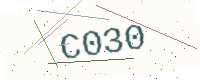
Text: C030